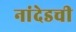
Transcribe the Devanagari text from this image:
नांदेडची